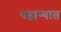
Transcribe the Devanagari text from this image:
पहार्‍यात